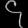
Digit: ၄